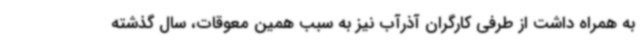
به همراه داشت از طرفی کارگران آذرآب نیز به سبب همین معوقات، سال گذشته